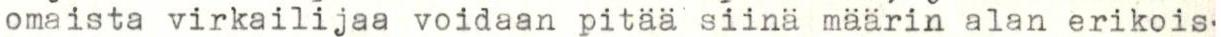
omaista virkailijaa voidaan pitää siinä määrin alan erikois-